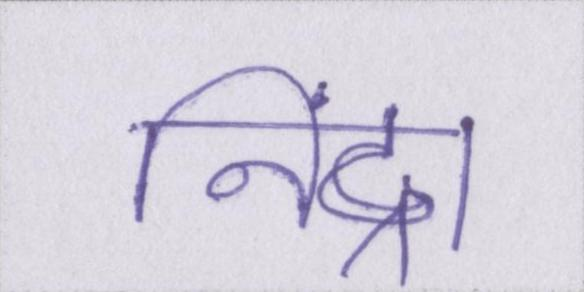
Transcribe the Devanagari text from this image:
निंद्रा